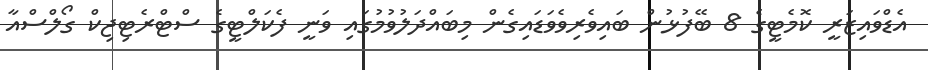
އެޑްވައިޒަރީ ކޮމެޓީގެ 8 ބޭފުޅުން ބައިވެރިވެވަޑައިގެން މިބައްދަލުވުމުގައި ވަނީ ފެކަލްޓީގެ ސްޓްރެޓިޖިކް ގޯލްސްއާ